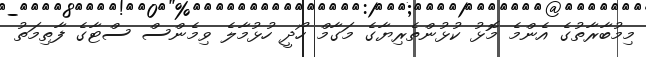
މިމުބާރާތުގެ އެންމެ މޮޅު ކުޅުންތެރިޔާގެ މަގާމް ހޯދީ ހުޅުމާލެ ވިމެންސް ސްޓާގެ ފާތިމަތު